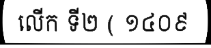
លើក ទី២ ( ១៤០៩